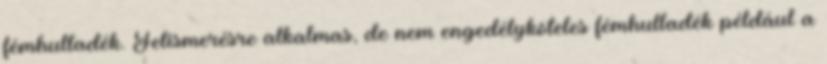
fémhulladék. Felismerésre alkalmas, de nem engedélyköteles fémhulladék például a